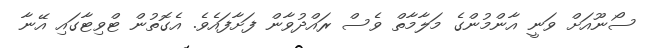
ސޯނޫއަށް ވަނީ އާންމުންގެ މަލާމާތް ވެސް ރައްދުވާން ފަށާފައެވެ. އެގޮތުން ޓްވިޓާގައި އޭނާ